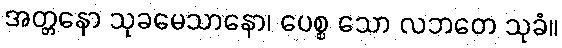
အတ္တနော သုခမေသာနော၊ ပေစ္စ သော လဘတေ သုခံ။